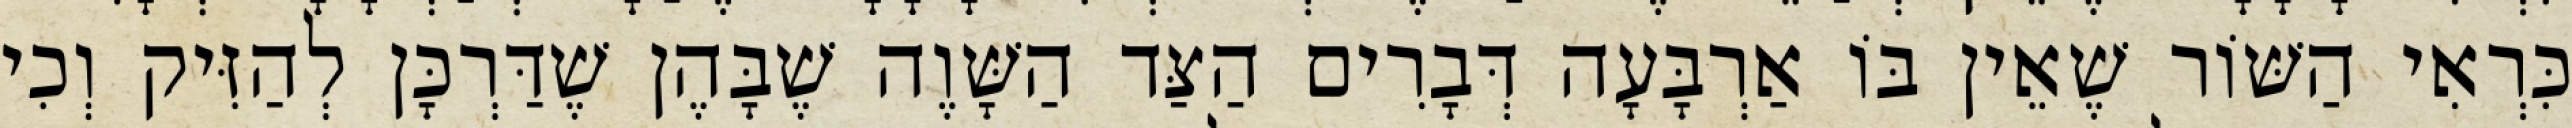
כִּרְאִי הַשּׁוֹר שֶׁאֵין בּוֹ אַרְבָּעָה דְּבָרִים הַצַּד הַשָּׁוֶה שֶׁבָּהֶן שֶׁדַּרְכָּן לְהַזִּיק וְכִי